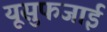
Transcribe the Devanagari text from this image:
यूसुफजाई